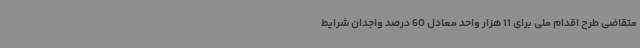
متقاضی طرح اقدام ملی برای 11 هزار واحد معادل 60 درصد واجدان شرایط